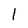
Character: l